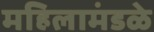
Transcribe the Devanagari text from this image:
महिलामंडळे